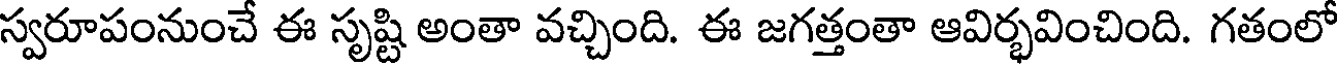
స్వరూపంనుంచే ఈ సృష్టి అంతా వచ్చింది. ఈ జగత్తంతా ఆవిర్భవించింది. గతంలో